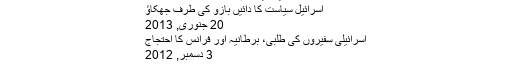
اسرائیل میں عام انتخابات، ووٹنگ جاری
اسرائیل سیاست کا دائیں بازو کی طرف جھکاؤ
20 جنوری, 2013
اسرائیلی سفیروں کی طلبی، برطانیہ اور فرانس کا احتجاج
3 دسمبر, 2012
دنیا,